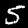
Digit: 5